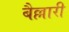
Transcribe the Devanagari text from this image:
बैल्लारी